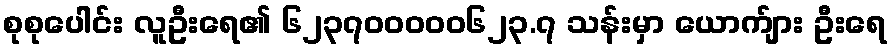
စုစုပေါင်း လူဦးရေ၏ ၆၂၃၇၀၀၀၀၀၆၂၃.၇ သန်းမှာ ယောက်ျား ဦးရေ